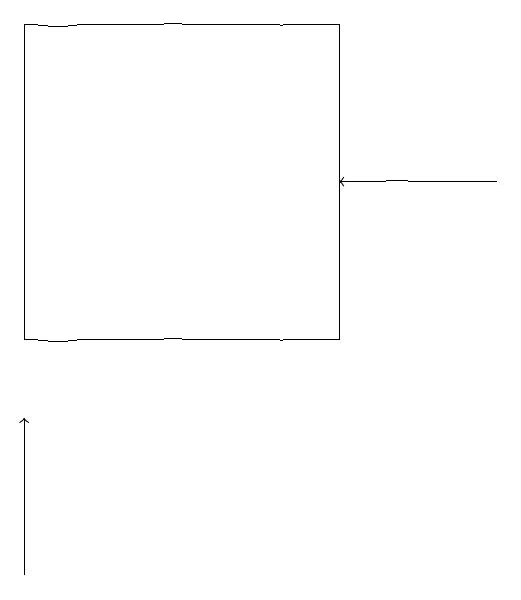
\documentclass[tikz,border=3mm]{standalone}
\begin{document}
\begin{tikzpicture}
\draw[->] (9,16) -- (7,16);
\draw[->] (3,11) -- (3,13);
\draw (3,14) rectangle (7,18);
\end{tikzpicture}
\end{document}